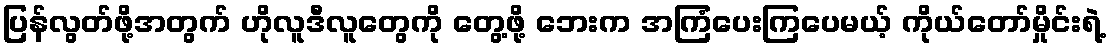
ပြန်လွတ်ဖို့အတွက် ဟိုလူဒီလူတွေကို တွေ့ဖို့ ဘေးက အကြံပေးကြပေမယ့် ကိုယ်တော်မှိုင်းရဲ့